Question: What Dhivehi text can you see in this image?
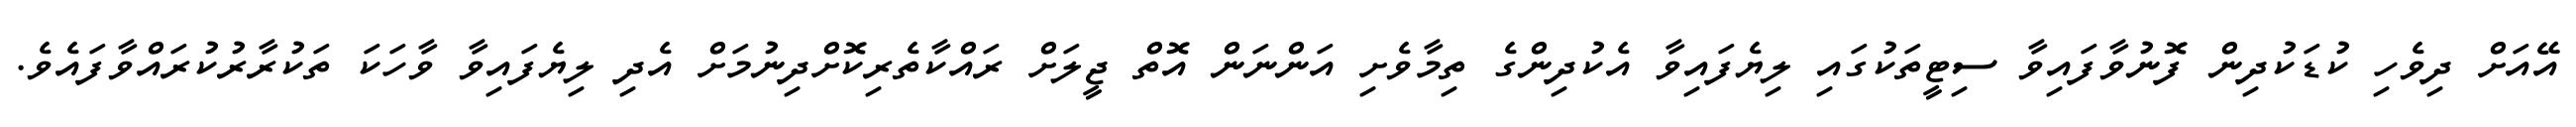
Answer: އޭއަށް ދިވެހި ކުޑަކުދިން ފޮނުވާފައިވާ ސިޓީތަކުގައި ލިޔެފައިވާ އެކުދިންގެ ތިމާވެށި އަންނަން އޮތް ޖީލަށް ރައްކާތެރިކޮށްދިނުމަށް އެދި ލިޔެފައިވާ ވާހަކަ ތަކުރާރުކުރައްވާފައެވެ.